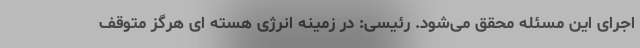
اجرای این مسئله محقق می‌شود. رئیسی: در زمینه انرژی هسته ای هرگز متوقف